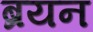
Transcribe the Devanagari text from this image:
ब्रयन